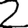
Digit: 2